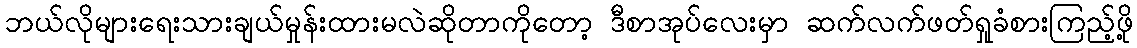
ဘယ်လိုများရေးသားချယ်မှုန်းထားမလဲဆိုတာကိုတော့ ဒီစာအုပ်လေးမှာ ဆက်လက်ဖတ်ရှုခံစားကြည့်ဖို့